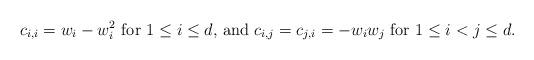
LaTeX: \begin{align*} c_{i,i} = w_i - w_i^2\mbox{ for $1 \leq i \leq d$, and }c_{i,j} = c_{j,i} = - w_i w_j\mbox{ for $1 \leq i < j \leq d$.}\end{align*}